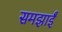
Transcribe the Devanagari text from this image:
समझाईं